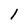
Character: I